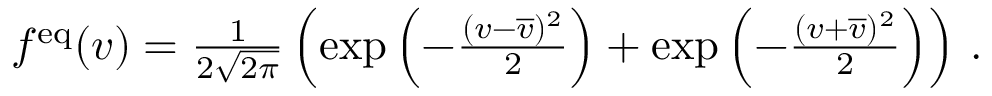
\begin{array} { r } { f ^ { \mathrm { e q } } ( v ) = \frac { 1 } { 2 \sqrt { 2 \pi } } \left( \exp \left( - \frac { ( v - \overline { { v } } ) ^ { 2 } } { 2 } \right) + \exp \left( - \frac { ( v + \overline { { v } } ) ^ { 2 } } { 2 } \right) \right) \, . } \end{array}